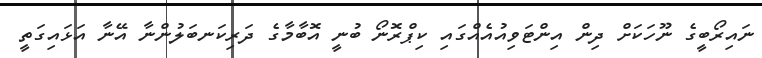
ނައިރޯބީގެ ނޫހަކަށް ދިން އިންޓަވިއުއެއްގައި ކިޕްރޮނޯ ބުނީ އޮބާމާގެ ދަރިކަނބަލުންނާ އޭނާ އަޅައިގަތީ